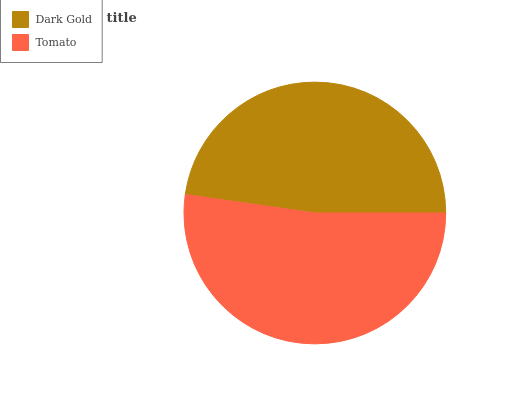
| Dark Gold | Tomato |
 | --- | --- |
 | 47.8% | 52.2% |